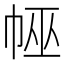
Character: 𢃀